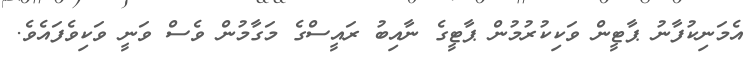
އެމަނިކުފާނު ޕާޓީން ވަކިކުރުމުން ޕާޓީގެ ނާއިބު ރައީސްގެ މަގާމުން ވެސް ވަނީ ވަކިވެފައެވެ.